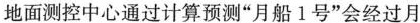
地面测控中心通过计算预测“月船1号”会经过月